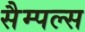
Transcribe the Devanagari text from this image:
सैम्पल्स